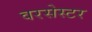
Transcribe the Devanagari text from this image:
वरसेस्टर